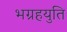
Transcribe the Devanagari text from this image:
भग्रहयुति